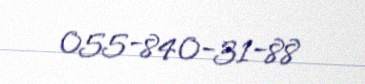
055-840-31-88